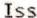
ISS